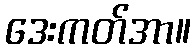
ဒေးကတ်အာ။